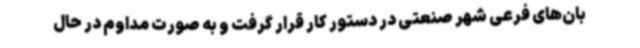
بان‌های فرعی شهر صنعتی در دستور کار قرار گرفت و به صورت مداوم در حال